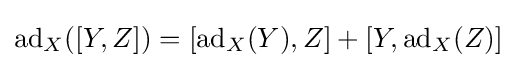
\operatorname {ad} _{X}([Y,Z])=[\operatorname {ad} _{X}(Y),Z]+[Y,\operatorname {ad} _{X}(Z)]